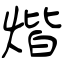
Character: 煯